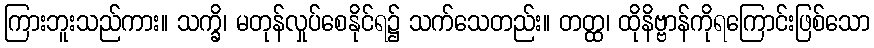
ကြားဘူးသည်ကား။ သက္ခိ၊ မတုန်လှုပ်စေနိုင်ရ၌ သက်သေတည်း။ တတ္ထ၊ ထိုနိဗ္ဗာန်ကိုရကြောင်းဖြစ်သော